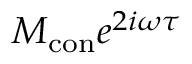
M _ { \mathrm { { c o n } } } e ^ { 2 i \omega \tau }